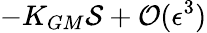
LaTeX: -K_{GM}{\cal S}+{\cal O}(\epsilon^{3})